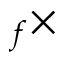
_ f \times